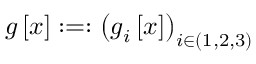
\boldsymbol { \mathscr { g } } \left[ \mathcal { x } \right] : = : \left( \boldsymbol { \mathscr { g } } _ { i } \left[ \mathcal { x } \right] \right) _ { i \in ( 1 , 2 , 3 ) }